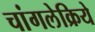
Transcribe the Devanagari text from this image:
चांगलेक्रिये